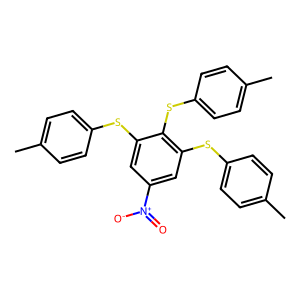
SMILES: Cc1ccc(Sc2cc([N+](=O)[O-])cc(Sc3ccc(C)cc3)c2Sc2ccc(C)cc2)cc1
Inhibits HIV replication: No